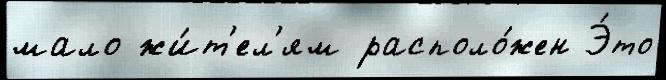
мало жи́т'ел'ям располо́жен Э́то